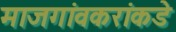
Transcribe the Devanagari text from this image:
माजगांवकरांकडे